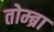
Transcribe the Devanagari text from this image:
तोम्ब्रा